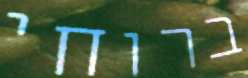
ברוחי